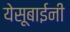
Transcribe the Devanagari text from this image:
येसूबाईनी